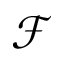
\mathcal F